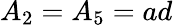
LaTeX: A_{2}=A_{5}=ad